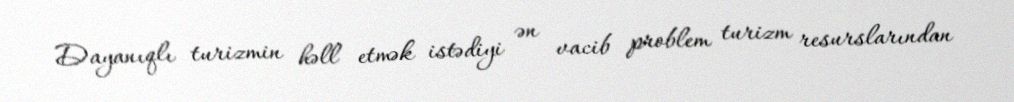
Dayanıqlı turizmin həll etmək istədiyi ən vacib problem turizm resurslarından